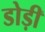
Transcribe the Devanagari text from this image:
डोड़ी